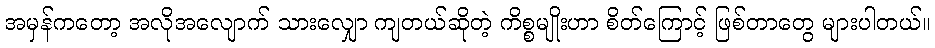
အမှန်ကတော့ အလိုအလျောက် သားလျှော ကျတယ်ဆိုတဲ့ ကိစ္စမျိုးဟာ စိတ်ကြောင့် ဖြစ်တာတွေ များပါတယ်။